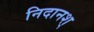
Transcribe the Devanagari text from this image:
निदानश्